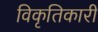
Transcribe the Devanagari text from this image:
विकृतिकारी